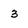
Character: 3